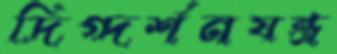
দিগ্‌দর্শনযন্ত্র